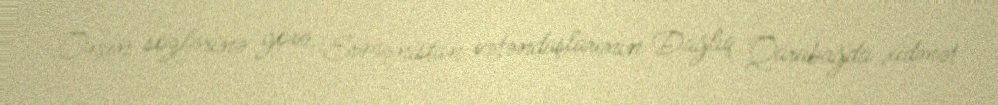
Onun sözlərinə görə, Ermənistan vətəndaşlarının Dağlıq Qarabağda xidmət